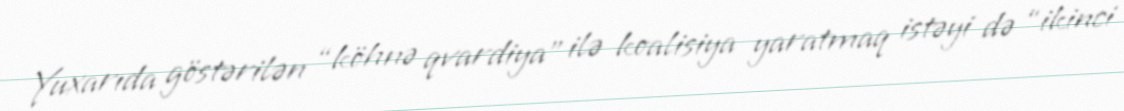
Yuxarıda göstərilən “köhnə qvardiya” ilə koalisiya yaratmaq istəyi də “ikinci